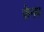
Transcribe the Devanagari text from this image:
फेनप